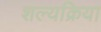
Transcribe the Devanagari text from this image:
शल्‍यक्रिया